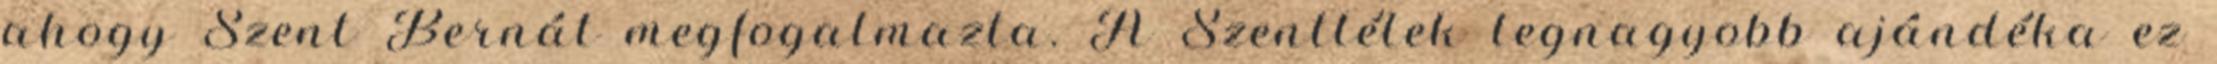
ahogy Szent Bernát megfogalmazta. A Szentlélek legnagyobb ajándéka ez